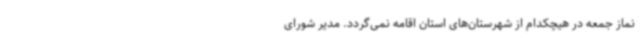
نماز جمعه در هیچکدام از شهرستان‌های استان اقامه نمی‌گردد. مدیر شورای